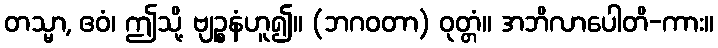
တသ္မာ, ဧဝံ၊ ဤသို့ ဗျဉ္စနံဟူ၍။ (ဘဂဝတာ) ဝုတ္တံ။ အဘိလာပေါတိ-ကား။